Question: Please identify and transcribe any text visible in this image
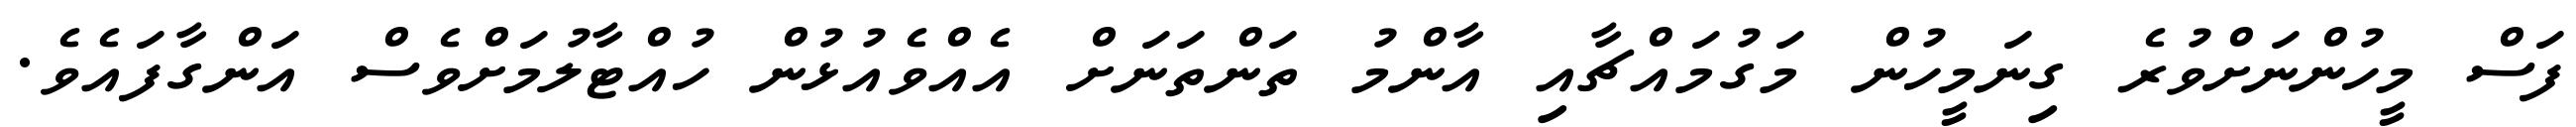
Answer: ފަސް މީހުންނަށްވުރެ ގިނަމީހުން މަގުމައްޗާއި އާންމު ތަންތަނަށް އެއްވެއުޅުން ހުއްޓާލުމަށްވެސް އަންގާފައެވެ.